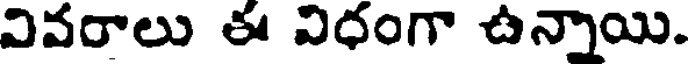
వివరాలు ఈ విధంగా ఉన్నాయి.